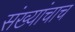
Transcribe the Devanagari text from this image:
संख्यांचाच